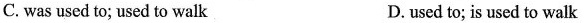
C. was used to; used to walk D.used to; is used to walk